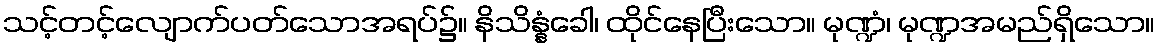
သင့်တင့်လျောက်ပတ်သောအရပ်၌။ နိသိန္နံခေါ၊ ထိုင်နေပြီးသော။ မုဏ္ဍံ၊ မုဏ္ဍအမည်ရှိသော။